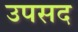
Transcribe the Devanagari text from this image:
उपसद